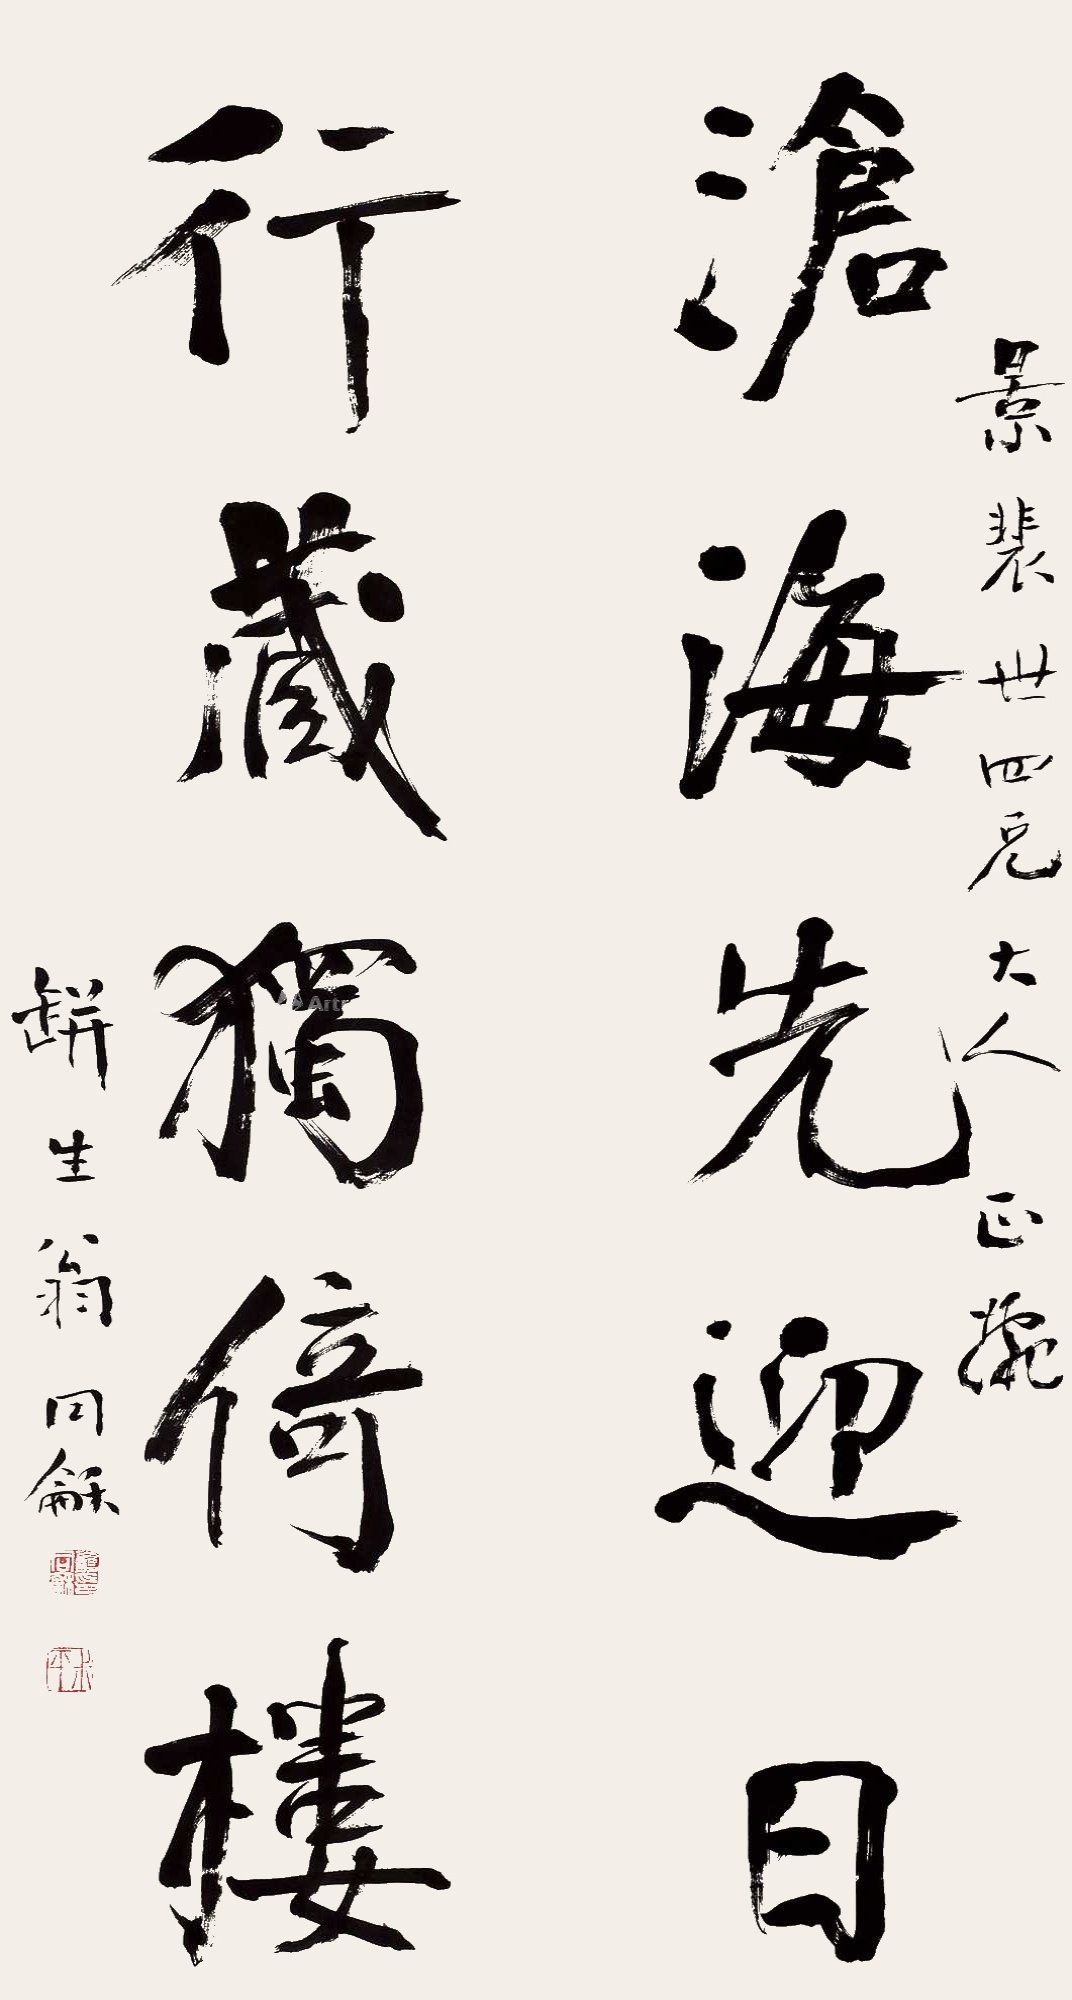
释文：沧海先迎日，行藏独倚楼。景裴世四兄大人正腕，瓶生翁同龢。